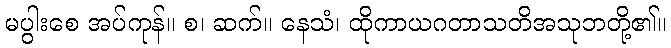
မပွါးစေ အပ်ကုန်။ စ၊ ဆက်။ နေသံ၊ ထိုကာယဂတာသတိအသုဘတို့၏။